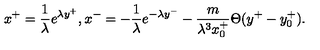
x ^ { + } = \frac { 1 } { \lambda } e ^ { \lambda y ^ { + } } , x ^ { - } = - \frac { 1 } { \lambda } e ^ { - \lambda y ^ { - } } - \frac { m } { \lambda ^ { 3 } x _ { 0 } ^ { + } } \Theta ( y ^ { + } - y _ { 0 } ^ { + } ) .